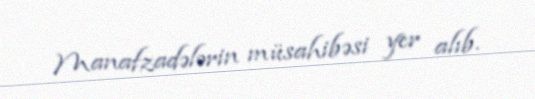
Manafzadələrin müsahibəsi yer alıb.